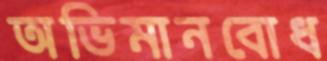
অভিমানবোধ